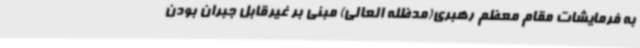
به فرمایشات مقام معظم رهبری(مدظله العالی) مبنی بر غیرقابل جبران بودن